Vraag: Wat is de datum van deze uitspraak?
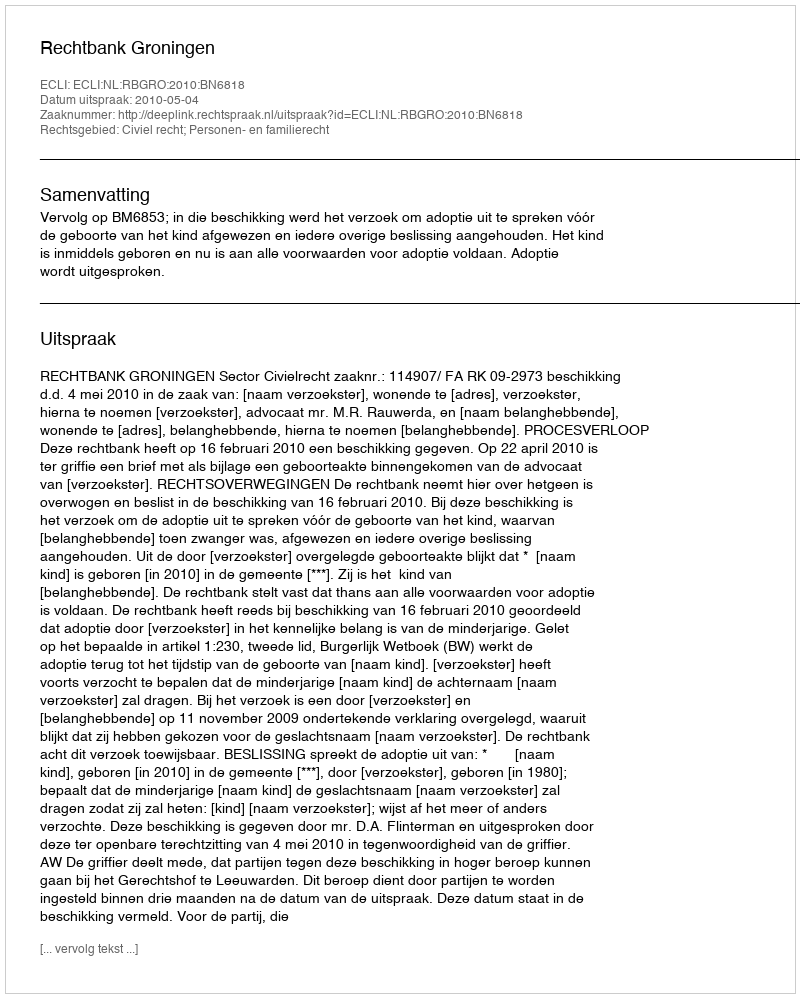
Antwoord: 2010-05-04